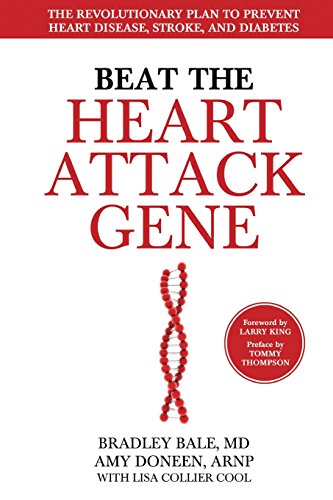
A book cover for Beat the Heart Attack Gene: The Revolutionary Plan to Prevent Heart Disease, Stroke, and Diabetes; Bradley Bale; Health, Fitness & Dieting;